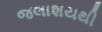
જલાશયથી